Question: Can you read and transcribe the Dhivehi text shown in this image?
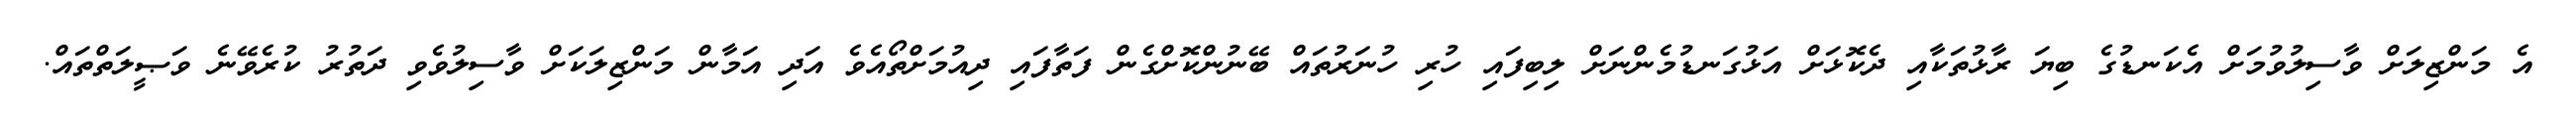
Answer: އެ މަންޒިލަށް ވާސިލުވުމަށް އެކަނޑުގެ ބިޔަ ރާޅުތަކާއި ދެކޮޅަށް އަޅުގަނޑުމެންނަށް ލިބިފައި ހުރި ހުނަރުތައް ބޭނުންކޮށްގެން ފަތާފައި ދިއުމަށްތޯއެވެ އަދި އަމާން މަންޒިލަކަށް ވާސިލުވެވި ދަތުރު ކުރެވޭނެ ވަޞީލަތްތައް.